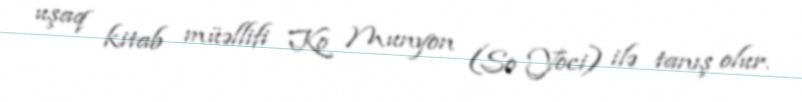
uşaq kitab müəllifi Ko Munyon (So Yoci) ilə tanış olur.